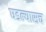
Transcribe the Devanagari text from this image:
घडल्यासच